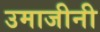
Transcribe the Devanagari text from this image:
उमाजीनी